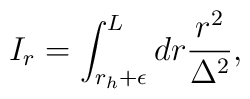
I_{r}= \int _{r_{h}+\epsilon }^{L} dr \frac {r^{2}}{\Delta ^{2}},